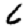
Digit: 6